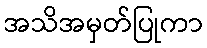
အသိအမှတ်ပြုကာ